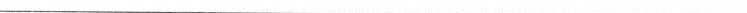
——